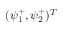
( \psi _ { 1 } ^ { + } , \psi _ { 2 } ^ { + } ) ^ { T }